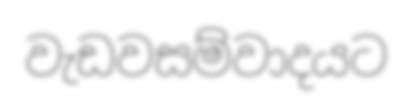
වැඩවසම්වාදයට